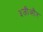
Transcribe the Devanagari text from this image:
३जीऔर